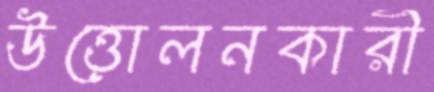
উত্তোলনকারী